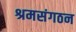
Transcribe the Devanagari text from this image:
श्रमसंगठन